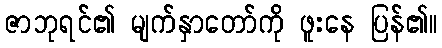
ဇာဘုရင်၏ မျက်နှာတော်ကို ဖူးနေ ပြန်၏။